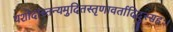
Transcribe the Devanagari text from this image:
यशोदास्तन्यमुदितस्तृणावर्तादिदुस्सहः।